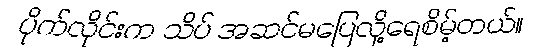
ပိုက်လိုင်းက သိပ် အဆင်မပြေလို့ရေစိမ့်တယ်။